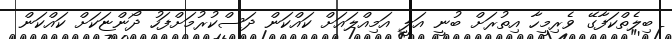
ބިލެތްކަފާގޭ ވެރިމީހާ އިތުރަށް ބުނީ އަލީ އަމިއްލައަށް ކައްކަން ދަސްކުރުމަށްފަހު ދޯންޏަކަށް ކައްކަން